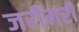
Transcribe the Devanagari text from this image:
जरीमरी